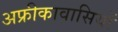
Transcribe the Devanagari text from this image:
अफ्रीकावासियों